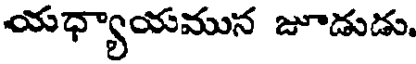
యధ్యాయమున జూడుడు.